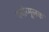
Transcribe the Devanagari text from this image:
वनोन्मूलक